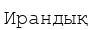
Ирандық